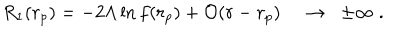
R _ { 1 } ( r _ { p } ) = - 2 \Lambda \ln f ( r _ { p } ) + { \cal O } ( r - r _ { p } ) \; \to \; \; \pm \infty \; .